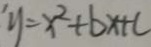
y = x ^ { 2 } + b x + c